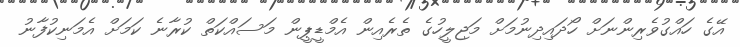
އޭގެ ހައްގުވެރިންނަށް ހޯދައިދިނުމަށް މަޖިލީހުގެ ތެރެއިން އެމްޑީޕީން މަސައްކަތް ކުރާނެ ކަމަށް އެމަނިކުފާނު